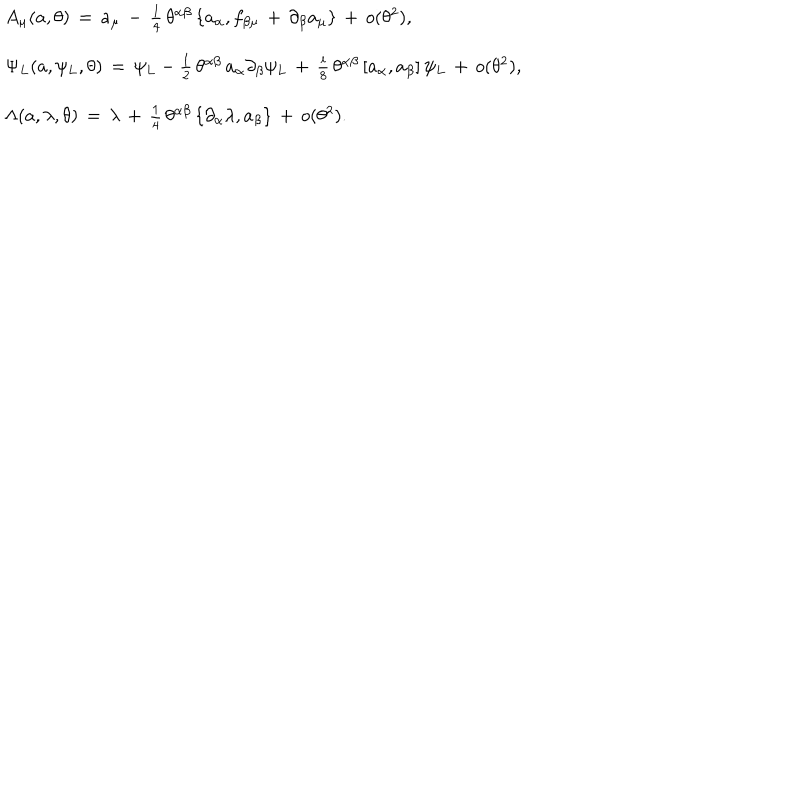
\begin{array} { l } { { { A _ { \mu } ( a , \theta ) \, = \, a _ { \mu } \, - \, \frac { 1 } { 4 } \, \theta ^ { \alpha \beta } \, \{ a _ { \alpha } , f _ { \beta \mu } \, + \, \partial _ { \beta } a _ { \mu } \} \, + \, o ( \theta ^ { 2 } ) , } } } \\ { { { \Psi _ { L } ( a , \psi _ { L } , \theta ) \, = \, \psi _ { L } - \frac { 1 } { 2 } \, \theta ^ { \alpha \beta } \, a _ { \alpha } \partial _ { \beta } \psi _ { L } \, + \, \frac { i } { 8 } \, \theta ^ { \alpha \beta } \, [ a _ { \alpha } , a _ { \beta } ] \, \psi _ { L } \, + \, o ( \theta ^ { 2 } ) , } } } \\ { { { \Lambda ( a , \lambda , \theta ) \, = \, \lambda \, + \, \frac { 1 } { 4 } \, \theta ^ { \alpha \beta } \, \{ \partial _ { \alpha } \lambda , a _ { \beta } \} \, + \, o ( \theta ^ { 2 } ) . } } } \\ \end{array}